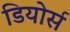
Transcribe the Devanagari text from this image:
डियोर्स